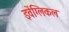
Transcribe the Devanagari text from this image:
इवेंग्लिकल